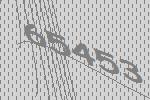
65453